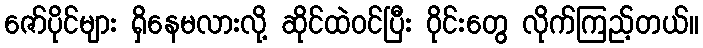
ဇော်ပိုင်များ ရှိနေမလားလို့ ဆိုင်ထဲဝင်ပြီး ဝိုင်းတွေ လိုက်ကြည့်တယ်။